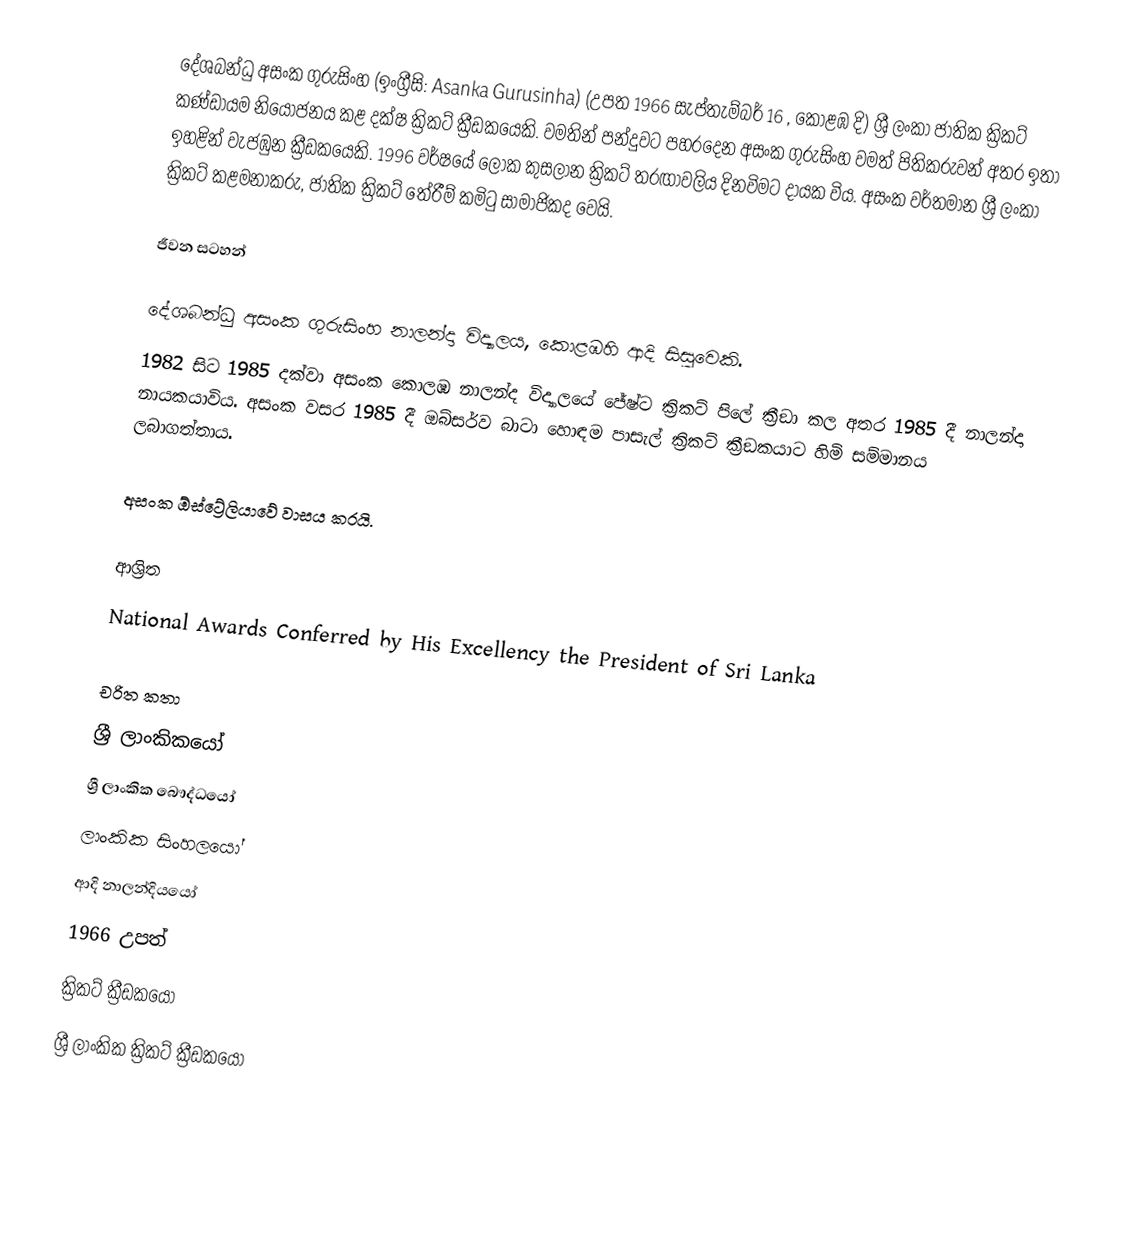
දේශබන්ධු අසංක ගුරුසිංහ  (ඉංග්‍රීසි: Asanka Gurusinha)  (උපත 1966 සැප්තැම්බර් 16 , කොළඹ දි) ශ්‍රී ලංකා ජාතික ක්‍රිකට් කණ්ඩායම නියෝජනය කළ දක්ෂ ක්‍රිකට් ක්‍රීඩකයෙකි.  වමතින් පන්දුවට පහර​දෙන අසංක ගුරුසිංහ  වමත් පිතිකරුවන් අතර ඉතා ඉහළින් වැජඹුන ක්‍රීඩකයෙකි. 1996 වර්ෂයේ ලෝක කුසලාන ක්‍රිකට් තරඟාවලිය දිනවිමට දායක විය. අසංක වර්තමාන ශ්‍රී ලංකා ක්‍රිකට්‌ කළමනාකරු, ජාතික ක්‍රිකට් තේරීම් කමිටු සාමාජිකද වෙයි.

ජීවන සටහන්

දේශබන්ධු අසංක ගුරුසිංහ  නාලන්දා විද්‍යාලය, කොළඹහි ආදි සිසුවෙකි.
1982 සිට 1985 දක්වා අසංක කොලඹ නාලන්ද  විද්‍යාලයේ  ජේෂ්ට ක්‍රිකට් පිලේ ක්‍රීඞා කල අතර 1985 දී නාලන්දා නායකයාවිය. අසංක වසර 1985 දී ඔබ්සර්ව බාටා හොඳම පාසැල් ක්‍රිකට් ක්‍රීඞකයාට හිමි සම්මානය ලබාගත්තාය.

අසංක ඕස්ට්‍රේලියාවේ වාසය කරයි.

ආශ්‍රිත
 National Awards Conferred by His Excellency the President of Sri Lanka

චරිත කතා
ශ්‍රී ලාංකිකයෝ
ශ්‍රී ලාංකික බෞද්ධයෝ
ලාංකික සිංහලයෝ
ආදි නාලන්දියයෝ
1966 උපත්
ක්‍රිකට් ක්‍රීඩකයෝ
ශ්‍රී ලාංකික ක්‍රිකට් ක්‍රීඩකයෝ